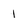
Character: 1